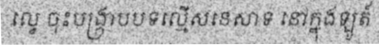
ល្វេ ចុះបង្ក្រាបបទល្មើសនេសាទ នៅក្នុងឡូត៍